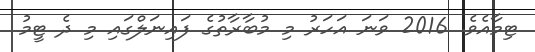
ޓިމާއެވެ. 2016 ވަނަ އަހަރު މި މުބާރާތުގެ ފައިނަލްގައި މި ދެ ޓީމު